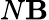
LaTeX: N\mathbf{B}